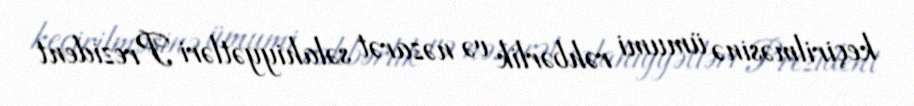
keçirilməsinə ümumi rəhbərlik və nəzarət səlahiyyətləri Prezident